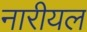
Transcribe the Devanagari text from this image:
नारीयल